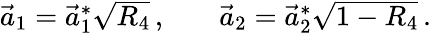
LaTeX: \begin{array}{rlr}{\vec{a}_{1}=\vec{a}_{1}^{*}\sqrt{R_{4}}\, ,}&{{}}&{\vec{a}_{2}=\vec{a}_{2}^{*}\sqrt{1-R_{4}}\, .}\end{array}